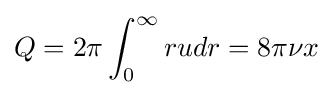
Q=2\pi \int _{0}^{\infty }rudr=8\pi \nu x